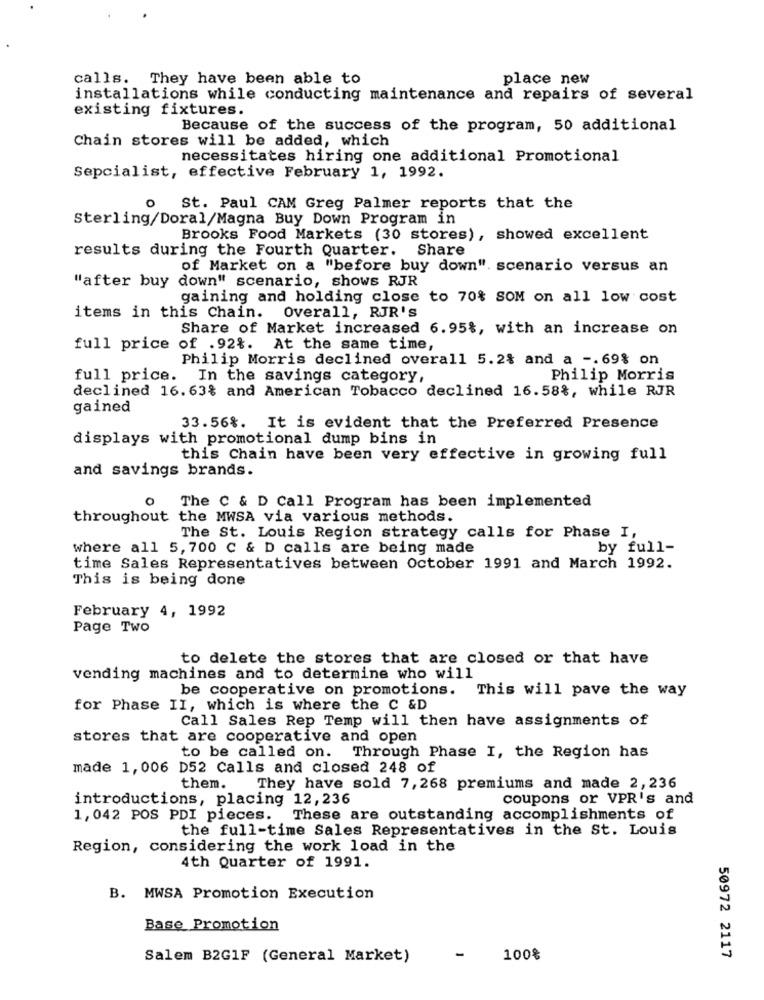
calls. They have been able to
place new
installations while conducting maintenance and repairs of several
existing fixtures.
Because of the success of the program, 50 additional
Chain stores will be added, which
necessitates hiring one additional Promotional
Sepcialist, effective February 1, 1992.
o St. Paul CAM Greg Palmer reports that the
Sterling/Doral/Magna Buy Down Program in
Brooks Food Markets (30 stores), showed excellent
results during the Fourth Quarter. Share
of Market on a "before buy down" scenario versus an
"after buy down" scenario, shows RJR
gaining and holding close to 70% SOM on all low cost
items in this Chain. Overall, RJR's
Share of Market increased 6.95%, with an increase on
full price of .92%. At the same time,
Philip Morris declined overall 5.2% and a -. 69% on
full price.
In the savings category,
Philip Morris
declined 16. 63% and American Tobacco declined 16.58%, while RJR
gained
33.56%. It is evident that the Preferred Presence
displays with promotional dump bins in
this Chain have been very effective in growing full
and savings brands.
0
The C & D Call Program has been implemented
throughout the MWSA via various methods.
The St. Louis Region strategy calls for Phase I,
where all 5,700 C & D calls are being made
by full-
time Sales Representatives between October 1991 and March 1992.
This is being done
February 4, 1992
Page Two
to delete the stores that are closed or that have
vending machines and to determine who will
be cooperative on promotions. This will pave the way
for Phase II, which is where the C &D
Call Sales Rep Temp will then have assignments of
stores that are cooperative and open
to be called on. Through Phase I, the Region has
made 1,006 D52 Calls and closed 248 of
them.
They have sold 7, 268 premiums and made 2, 236
introductions, placing 12, 236
coupons or VPR's and
1, 042 POS PDI pieces. These are outstanding accomplishments of
the full-time Sales Representatives in the St. Louis
Region, considering the work load in the
4th Quarter of 1991.
B. MWSA Promotion Execution
Base Promotion
Salem B2G1F (General Market)
-
100%
50972 2117